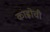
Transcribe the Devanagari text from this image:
काह्लोची